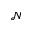
\mathcal { N }